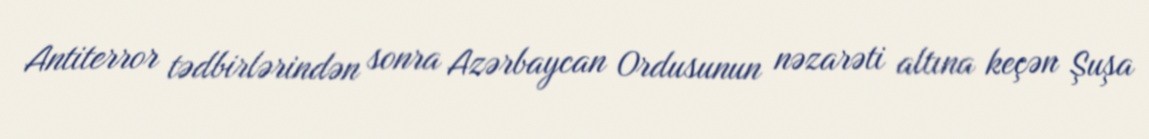
Antiterror tədbirlərindən sonra Azərbaycan Ordusunun nəzarəti altına keçən Şuşa